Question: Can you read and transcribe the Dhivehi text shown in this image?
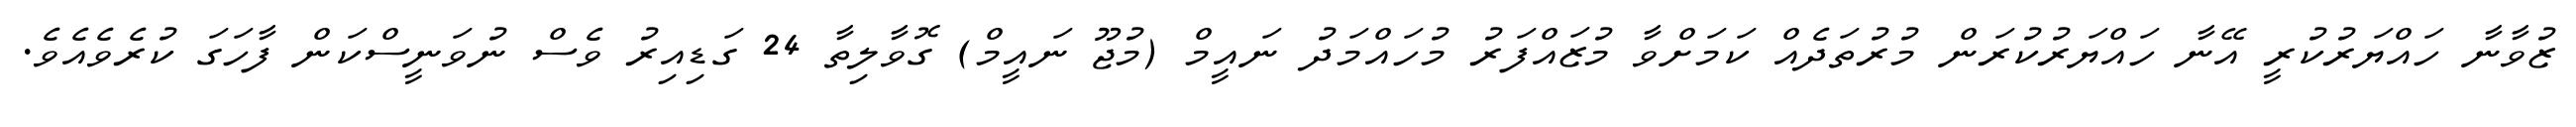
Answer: ޒުވާނާ ހައްޔަރުކުރީ އޭނާ ހައްޔަރުކުރަން މުރުތަދެއް ކަމަށްވާ މުޒައްފަރު މުހައްމަދު ނައީމް (މުޖޫ ނައީމް) ގޮވާލިތާ 24 ގަޑިއިރު ވެސް ނުވަނީސްކަން ފާހަގަ ކުރެވެއެވެ.